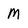
Character: W